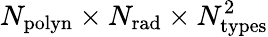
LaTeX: N_{\mathrm{polyn}}\times N_{\mathrm{rad}}\times N_{\mathrm{types}}^{2}